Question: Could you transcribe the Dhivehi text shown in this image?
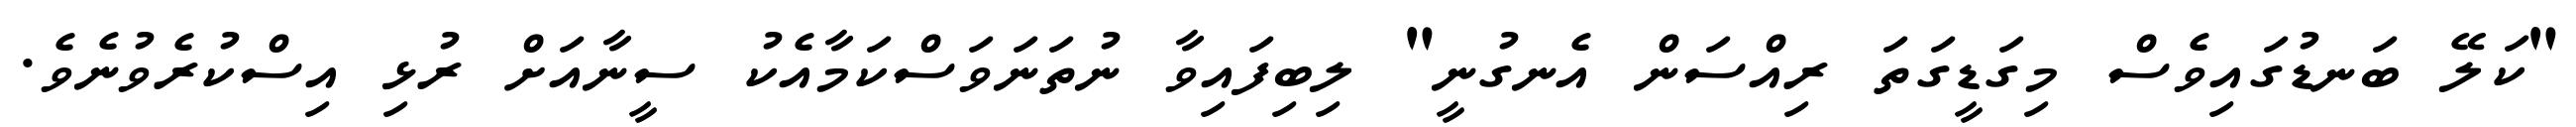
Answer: "ކަލޭ ބަނޑުގައިވެސް މިގަޑީގަތަ ރިއްސަން އެނގުނީ" ލިބިފައިވާ ނުތަނަވަސްކަމާއެކު ސީނާއަށް ރުޅި އިސްކުރެވުނެވެ.